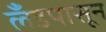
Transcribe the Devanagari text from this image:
लँडपासून